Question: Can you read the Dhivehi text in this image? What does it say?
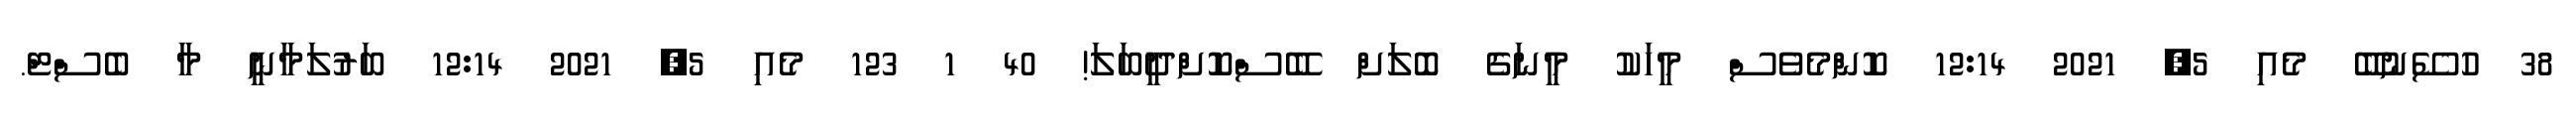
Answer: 38 ހުސޭނުބޭ މެއި 5, 2021 12:14 ކޮންމެވެސް މީހަކު މީނަގެ ބޮލަށް ބޭސްކޮށްދީބަލަ! 40 1 123 މެއި 5, 2021 12:14 ބަރުލަމާނީ މާ ބެސްޓް.